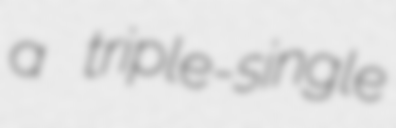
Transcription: a triple-single